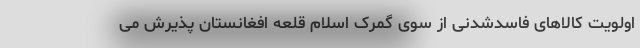
اولویت کالاهای فاسدشدنی از سوی گمرک اسلام قلعه افغانستان پذیرش می